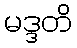
မဒ္ဒတိ